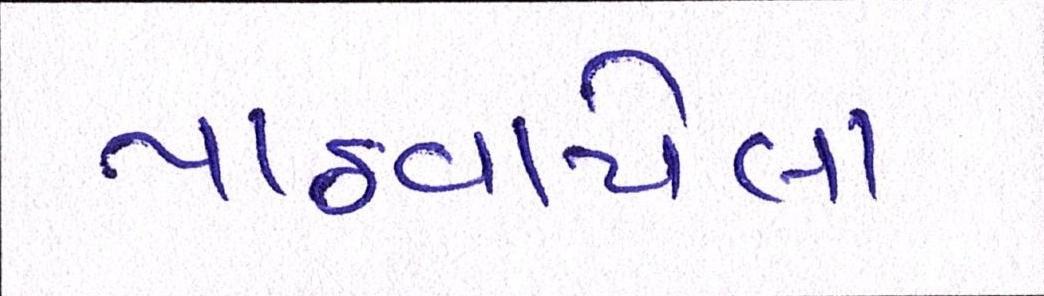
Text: પાઠવાયેલા